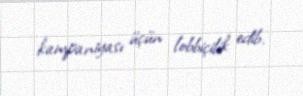
kampaniyası üçün lobbiçilik edib.